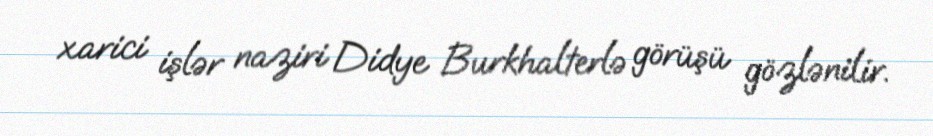
xarici işlər naziri Didye Burkhalterlə görüşü gözlənilir.